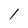
Character: 1